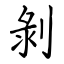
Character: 剝